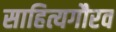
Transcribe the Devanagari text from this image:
साहित्यगौरव